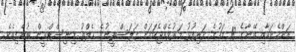
އަންހެނަކާއި އޭނާގެ 18 މަހުގެ ދަރިފުޅު މަރުވެއްޖެކަމަށް ފަލަސްތީނުގެ ހެލްތު މިނިސްޓްރީން ބުނެފިއެވެ.